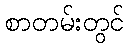
စာတမ်းတွင်